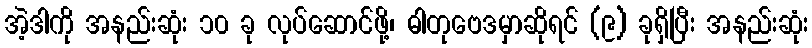
အဲ့ဒါကို အနည်းဆုံး ၁၀ ခု လုပ်ဆောင်ဖို့၊ ဓါတုဗေဒမှာဆိုရင် (၉) ခုရှိပြီး အနည်းဆုံး